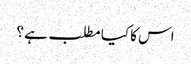
اس کا کیا مطلب ہے ؟